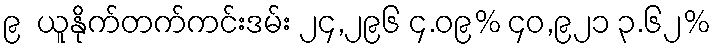
၉  ယူနိုက်တက်ကင်းဒမ်း ၂၄,၂၉၆ ၄.၀၉% ၄၀,၉၂၁ ၃.၆၂%